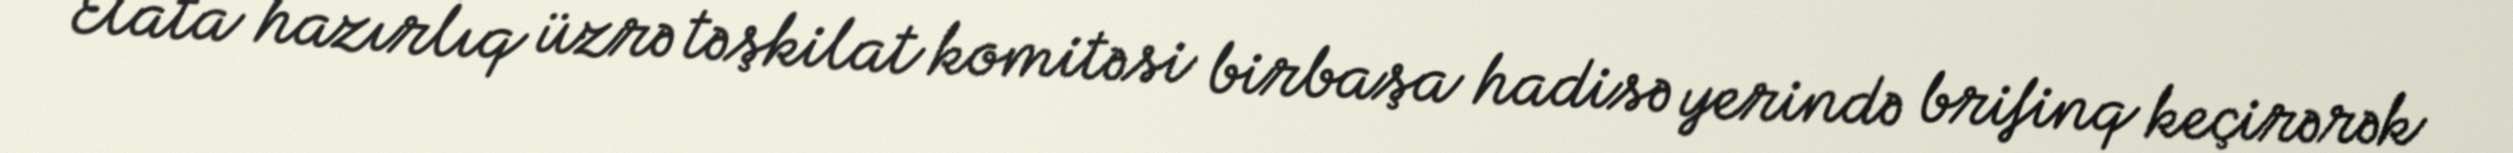
Elata hazırlıq üzrə təşkilat komitəsi birbaşa hadisə yerində brifinq keçirərək